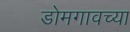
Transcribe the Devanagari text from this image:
डोमगावच्या